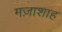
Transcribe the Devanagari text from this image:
मज़ाशाह